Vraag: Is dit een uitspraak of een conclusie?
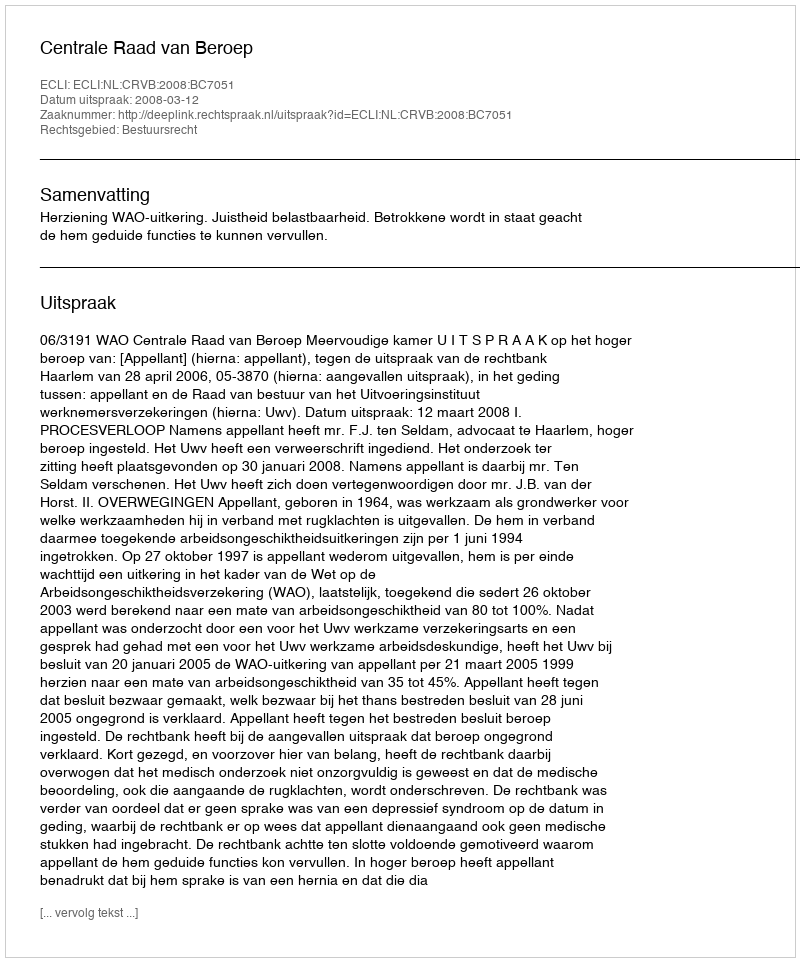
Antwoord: Uitspraak